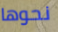
نحوها